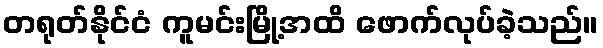
တရုတ်နိုင်ငံ ကူမင်းမြို့အထိ ဖောက်လုပ်ခဲ့သည်။